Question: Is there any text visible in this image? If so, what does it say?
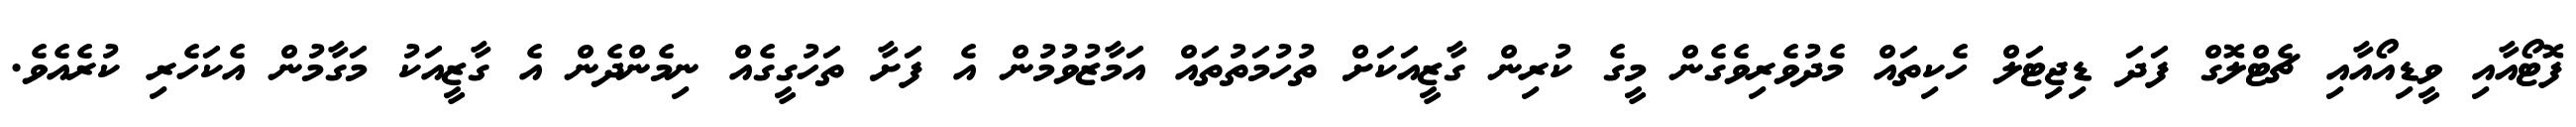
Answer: ފޮޓޯއާއި ވީޑިއޯއާއި ޗެޓްލޮގް ފަދަ ޑިޖިޓަލް ހެކިތައް މެދުވެރިވެގެން މީގެ ކުރިން ގާޒީއަކަށް ތުހުމަތުތައް އަމާޒުވުމުން އެ ފަށާ ތަހުގީގެއް ނިމެންދެން އެ ގާޒީއަކު މަގާމުން އެކަހެރި ކުރެއެވެ.